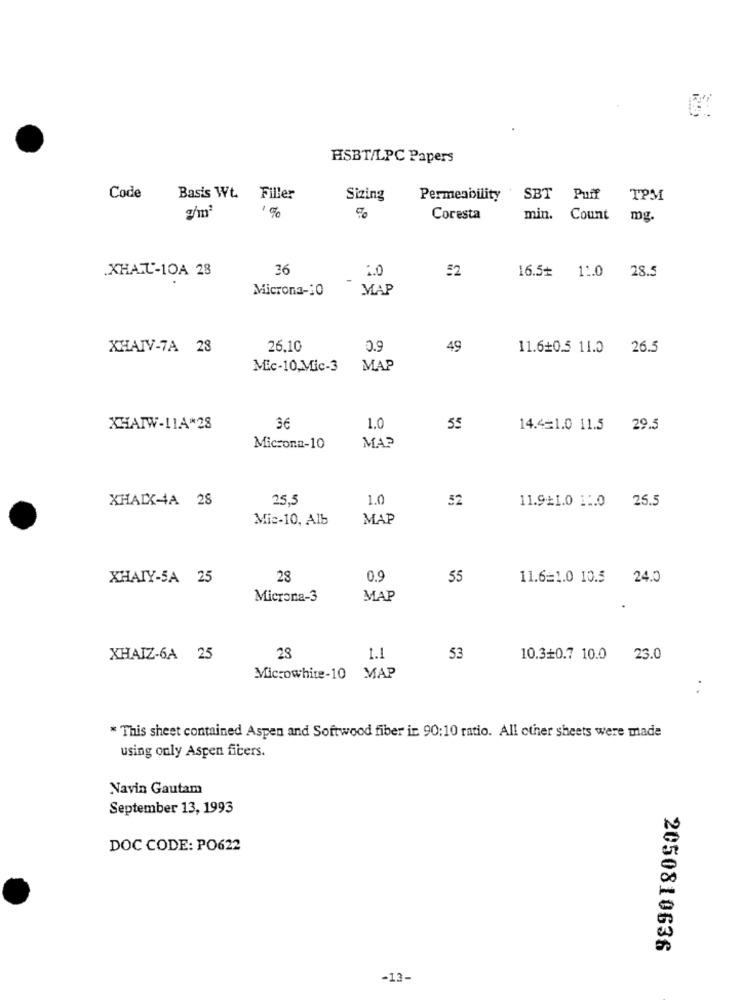
HSBT/LPC Papers
Code
Basis Wt.
Filler
Sizing
Permeability
SBT Puff TPM
g/m3
Coresta
min. Count mg.
.XHAU-10A 28
36
1.0
52
16.5+ 11.0 28.5
Microna-10
MAP
XHAIV-7A 28
26.10
0.9
49
11.6+0.5 11.0 26.5
Mic-10,Mic-3
MAP
XHAIW-11.A*28
1.0
55
14.4=1.0 11.5 29.5
Microna-10
MAP
XHAIX4A 28
25,5
1.0
52
11.921.0 11.0 25.5
Mic-10, A1b
MAP
XHAIY-5A 25
28
0.9
55
11.6=1.0 10.5 24.0
Microna-3
MAP
23
XHAIZ-6A 25
1.1
53
10.3+0.7 10.0 23.0
Microwhite-10 MAP
* This sheet contained Aspen and Softwood fiber in 90:10 ratio. All other sheets were made
using only Aspen ficers.
Navin Gautam
September 13, 1993
DOC CODE: PO622
2050810636
-13-